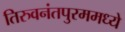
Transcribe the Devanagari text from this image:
तिरुवनंतपुरममध्ये